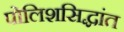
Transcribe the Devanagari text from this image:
पोलिशसिद्धांत